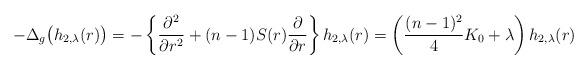
LaTeX: \begin{align*} - \Delta_{g} \bigl( h_{2,\lambda}(r) \bigr) = -\left\{ \frac{\partial ^2}{\partial r^2} + (n-1) S(r) \frac{\partial }{\partial r} \right\} h_{2,\lambda}(r) = \left( \frac{(n-1)^2}{4}{K_0} + \lambda \right) h_{2,\lambda}(r)\end{align*}